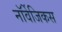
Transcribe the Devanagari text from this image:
नॉर्वेजिकस